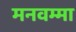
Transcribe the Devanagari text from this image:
मनवम्मा